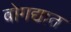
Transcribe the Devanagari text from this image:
बोगद्यात